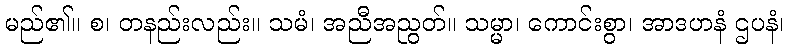
မည်၏။ စ၊ တနည်းလည်း။ သမံ၊ အညီအညွတ်။ သမ္မာ၊ ကောင်းစွာ၊ အာဒဟနံ ဌပနံ၊